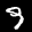
Label: 9